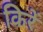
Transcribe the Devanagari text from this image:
किरें